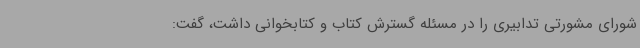
شورای مشورتی تدابیری را در مسئله گسترش کتاب و کتابخوانی داشت، گفت: